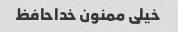
خیلی ممنون خداحافظ